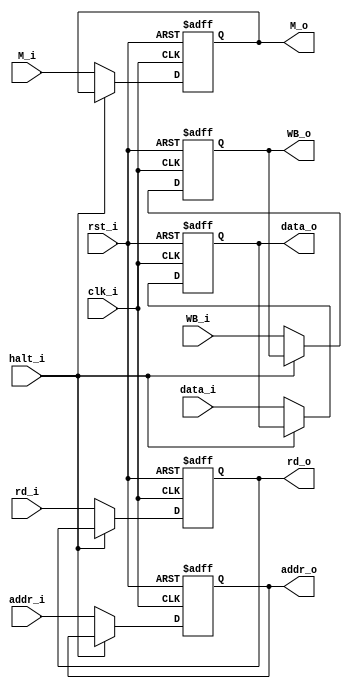
module EXMEM(
    clk_i,
    rst_i,
    WB_i,
    M_i,
    addr_i,
    data_i,
    rd_i,
    halt_i,
    WB_o,
    M_o,
    addr_o,
    data_o,
    rd_o
);

input               clk_i, rst_i, halt_i;
input   [1:0]       WB_i, M_i;
input   [4:0]       rd_i;
input   [31:0]      addr_i, data_i;
output  [1:0]       M_o, WB_o;
output  [4:0]       rd_o;
output  [31:0]      addr_o, data_o;

reg     [1:0]       M_o, WB_o;
reg     [4:0]       rd_o;
reg     [31:0]      addr_o, data_o;


always@(posedge clk_i or negedge rst_i) begin
    if(~rst_i) begin
        WB_o <= 0;
        M_o <= 0;
        addr_o <= 0;
        data_o <= 0;
        rd_o <= 0;
    end
    else if(~halt_i) begin
        WB_o <= WB_i;
        M_o <= M_i;
        addr_o <= addr_i;
        data_o <= data_i;
        rd_o <= rd_i;
    end
end

endmodule